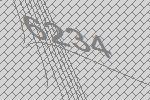
6234